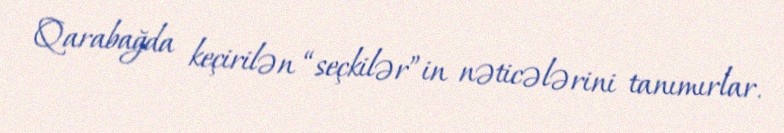
Qarabağda keçirilən “seçkilər”in nəticələrini tanımırlar.